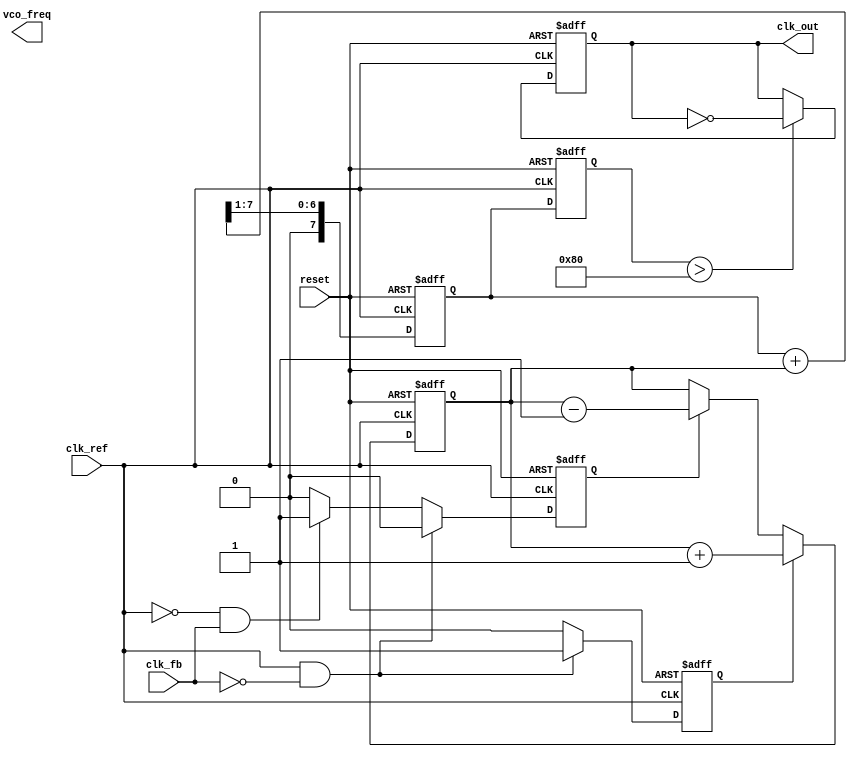
module cp_pll (
    input wire clk_ref,          // Reference clock input
    input wire clk_fb,           // Feedback clock input
    input wire reset,            // Asynchronous reset
    output reg clk_out,          // Output clock
    output reg [7:0] vco_freq    // VCO frequency control (for simplicity)
);

// Parameters
parameter DIV_RATIO = 4;       // Feedback divider ratio
parameter CP_UP_CURRENT = 8'd1; // Charge pump UP current
parameter CP_DOWN_CURRENT = 8'd1; // Charge pump DOWN current

// Internal signals
reg up, down;                   // Signals from PFD
reg [7:0] charge_pump_output;   // Charge pump output voltage
reg [7:0] loop_filter_output;    // Loop filter output voltage
reg [7:0] vco_control;           // Control voltage for VCO

// Phase Frequency Detector (PFD)
always @(posedge clk_ref or posedge reset) begin
    if (reset) begin
        up <= 0;
        down <= 0;
    end else begin
        // Simple PFD logic
        if (clk_ref && !clk_fb) begin
            up <= 1;  // Reference clock is leading
            down <= 0;
        end else if (!clk_ref && clk_fb) begin
            up <= 0;
            down <= 1;  // Feedback clock is leading
        end else begin
            up <= 0;
            down <= 0;  // No change
        end
    end
end

// Charge Pump
always @(posedge clk_ref or posedge reset) begin
    if (reset) begin
        charge_pump_output <= 8'd0;
    end else begin
        if (up) begin
            charge_pump_output <= charge_pump_output + CP_UP_CURRENT;
        end else if (down) begin
            charge_pump_output <= charge_pump_output - CP_DOWN_CURRENT;
        end
    end
end

// Loop Filter (simple first-order filter)
always @(posedge clk_ref or posedge reset) begin
    if (reset) begin
        loop_filter_output <= 8'd0;
    end else begin
        loop_filter_output <= (loop_filter_output + charge_pump_output) >> 1; // Simple averaging
    end
end

// Voltage-Controlled Oscillator (VCO)
always @(posedge clk_ref or posedge reset) begin
    if (reset) begin
        vco_control <= 8'd0;
        clk_out <= 0;
    end else begin
        vco_control <= loop_filter_output; // Control voltage from loop filter
        // Generate output clock based on VCO control voltage
        if (vco_control > 8'd128) begin
            clk_out <= ~clk_out; // Toggle clock output based on control voltage
        end
    end
end

// Feedback Divider
reg [3:0] counter; // Simple counter for division
always @(posedge clk_out or posedge reset) begin
    if (reset) begin
        counter <= 4'd0;
    end else begin
        if (counter == DIV_RATIO - 1) begin
            counter <= 4'd0;
        end else begin
            counter <= counter + 1;
        end
    end
end

endmodule